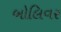
બોલિવર